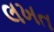
લખત